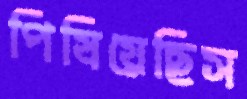
পিষিয়েছিস